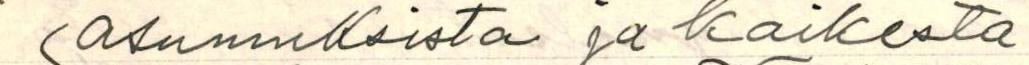
(asumuksista ja kaikesta